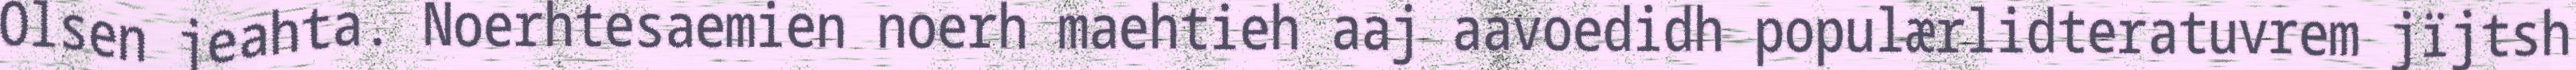
Olsen jeahta. Noerhtesaemien noerh maehtieh aaj aavoedidh populærlidteratuvrem jïjtsh